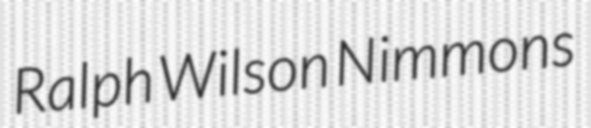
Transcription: Ralph Wilson Nimmons